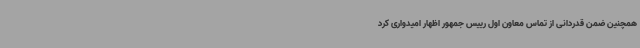
همچنین ضمن قدردانی از تماس معاون اول رییس جمهور اظهار امیدواری کرد